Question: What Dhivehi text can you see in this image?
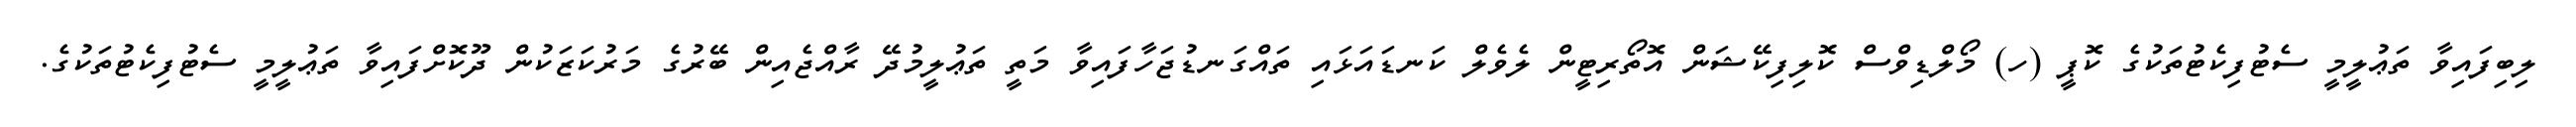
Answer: ލިބިފައިވާ ތަޢުލީމީ ސެޓުފިކެޓުތަކުގެ ކޮޕީ (ހ) މޯލްޑިވްސް ކޮލިފިކޭޝަން އޮތޯރިޓީން ލެވެލް ކަނޑައަޅައި ތައްގަނޑުޖަހާފައިވާ މަތީ ތަޢުލީމުދޭ ރާއްޖެއިން ބޭރުގެ މަރުކަޒަކުން ދޫކޮށްފައިވާ ތަޢުލީމީ ސެޓުފިކެޓުތަކުގެ.